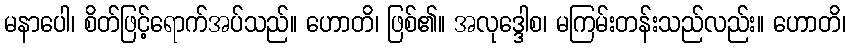
မနာပေါ၊ စိတ်ဖြင့်ရောက်အပ်သည်။ ဟောတိ၊ ဖြစ်၏။ အလုဒ္ဒေါစ၊ မကြမ်းတန်းသည်လည်း။ ဟောတိ၊